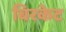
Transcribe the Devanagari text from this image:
बिरकेट